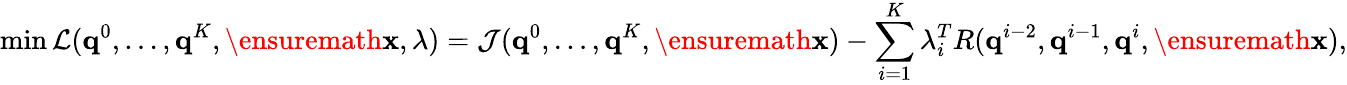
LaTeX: \operatorname*{min}\mathcal{L}(\mathbf{q}^{0},\dots,\mathbf{q}^{K},\ensuremath{\mathbf{x}},\lambda)=\mathcal{J}(\mathbf{q}^{0},\dots,\mathbf{q}^{K},\ensuremath{\mathbf{x}})-\sum_{i=1}^{K}\lambda_{i}^{T}R(\mathbf{q}^{i-2},\mathbf{q}^{i-1},\mathbf{q}^{i},\ensuremath{\mathbf{x}}),